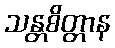
သန္တစိတ္တာန